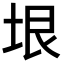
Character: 垠